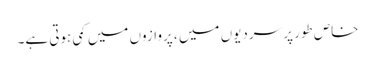
خاص طور پر سردیوں میں ، پروازوں میں کمی ہوتی ہے۔